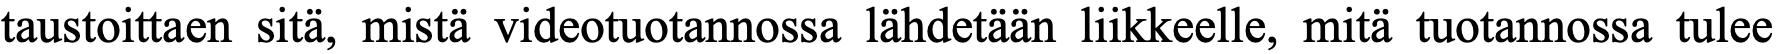
taustoittaen sitä, mistä videotuotannossa lähdetään liikkeelle, mitä tuotannossa tulee